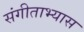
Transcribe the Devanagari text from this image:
संगीताभ्यास